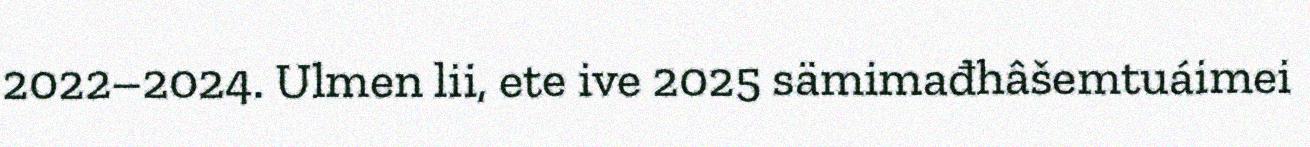
2022–2024. Ulmen lii, ete ive 2025 sämimađhâšemtuáimei